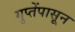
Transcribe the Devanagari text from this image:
गुप्तेंपासून